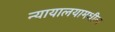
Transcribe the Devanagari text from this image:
न्यायालयामधील